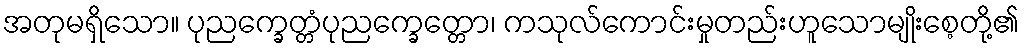
အတုမရှိသော။ ပုညက္ခေတ္တံပုညက္ခေတ္တော၊ ကသုလ်ကောင်းမှုတည်းဟူသောမျိုးစေ့တို့၏